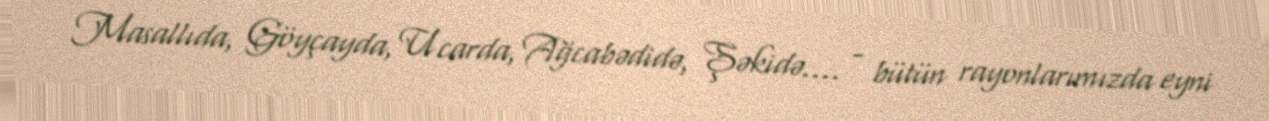
Masallıda, Göyçayda, Ucarda, Ağcabədidə, Şəkidə.... - bütün rayonlarımızda eyni